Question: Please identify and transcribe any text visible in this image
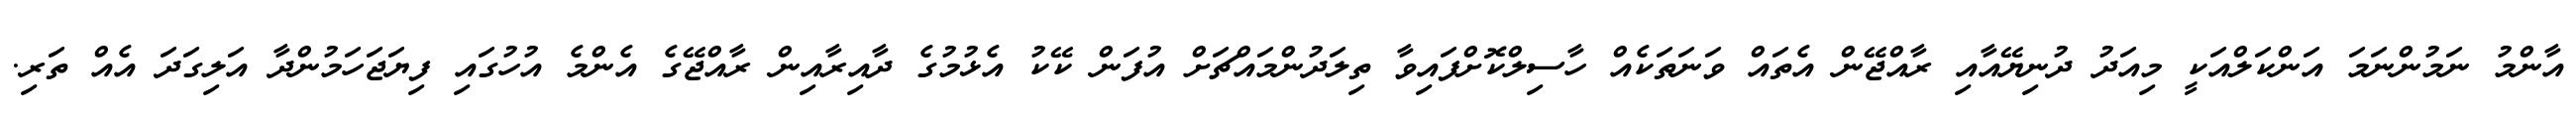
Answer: އާންމު ނަމުންނަމަ އަންކަލްއަކީ މިއަދު ދުނިޔޭއާއި ރާއްޖޭން އެތައް ވަނަތަކެއް ހާސިލްކޮށްފައިވާ ތިލަދުންމައްޗަށް އުފަން ކޭކު އެޅުމުގެ ދާއިރާއިން ރާއްޖޭގެ އެންމެ އުހުގައި ފިޔަޖަހަމުންދާ އަލިގަދަ އެއް ތަރި.